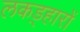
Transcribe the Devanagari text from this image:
लकड़्हारों